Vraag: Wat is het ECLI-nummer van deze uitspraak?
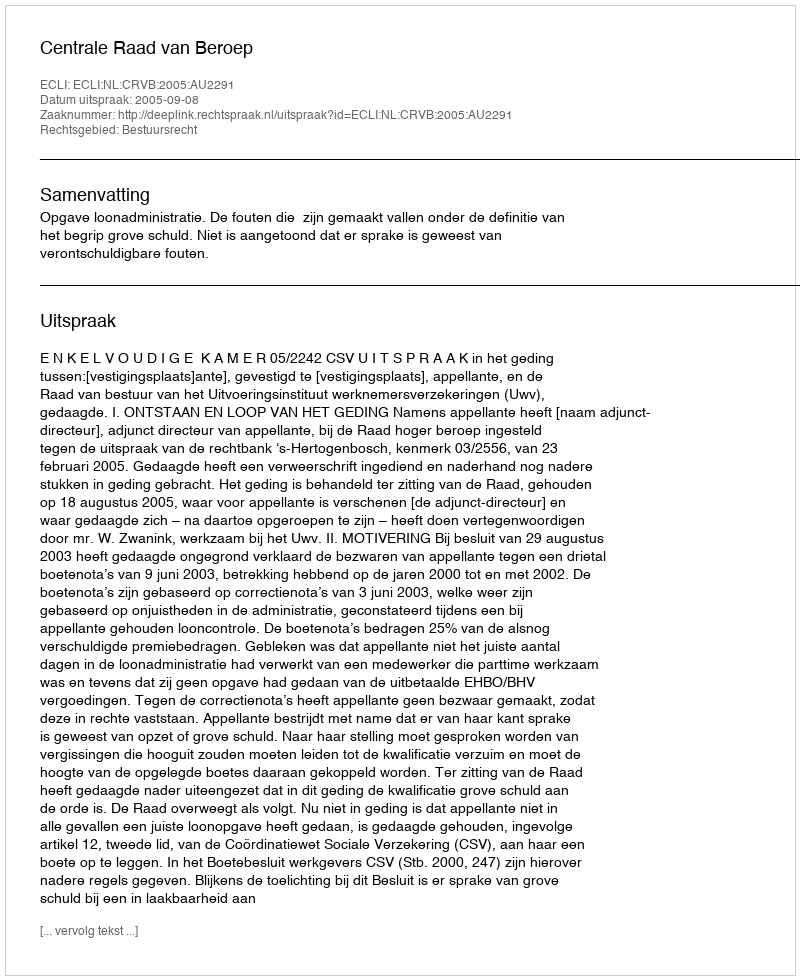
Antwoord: ECLI:NL:CRVB:2005:AU2291